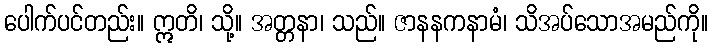
ပေါက်ပင်တည်း။ ဣတိ၊ သို့။ အတ္တနာ၊ သည်။ ဇာနနကနာမံ၊ သိအပ်သောအမည်ကို။